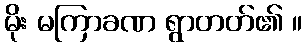
မိုး မကြာခဏ ရွာတတ်၏ ။